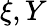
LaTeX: \xi,Y